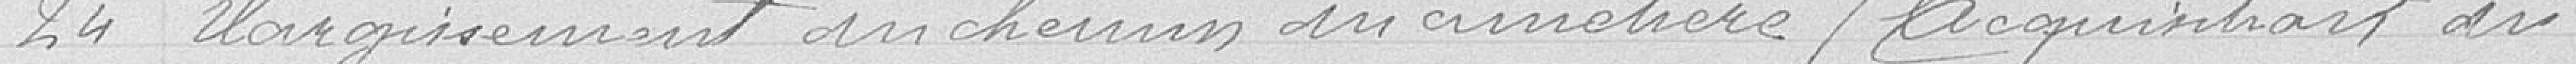
24 Elargissement du chemin du cimetière (acquisition du